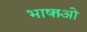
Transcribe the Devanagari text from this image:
भाषाओें